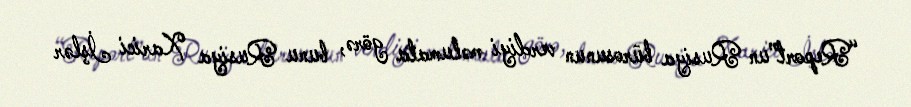
“Report”un Rusiya bürosunun verdiyi məlumata görə, bunu Rusiya Xarici İşlər